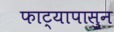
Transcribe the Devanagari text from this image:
फाट्यापासुन